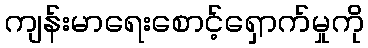
ကျန်းမာရေးစောင့်ရှောက်မှုကို